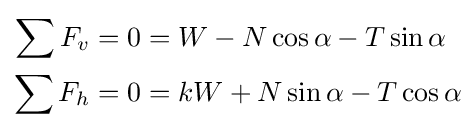
{\begin{aligned}\sum F_{v}=0&=W-N\cos \alpha -T\sin \alpha \\\sum F_{h}=0&=kW+N\sin \alpha -T\cos \alpha \end{aligned}}